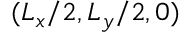
( L _ { x } / 2 , L _ { y } / 2 , 0 )